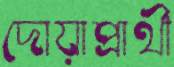
দোয়াপ্রার্থী